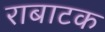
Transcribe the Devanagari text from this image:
राबाटक